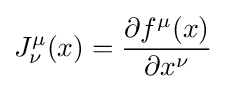
J_{\nu }^{\mu }(x)={\frac {\partial f^{\mu }(x)}{\partial x^{\nu }}}